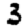
Digit: 3